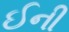
ઈની